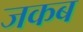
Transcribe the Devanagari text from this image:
जकब